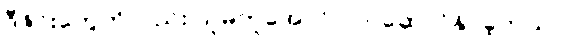
ဒီဇိုင်းတွေကိုလည်း သူမတူအောင် လုပ်ဆောင်နိုင်ခဲ့တယ်။